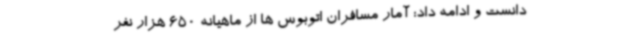
دانست و ادامه داد: آمار مسافران اتوبوس ها از ماهیانه 650 هزار نفر